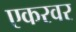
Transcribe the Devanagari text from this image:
एकरवर